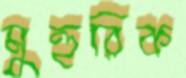
মুহুরিক